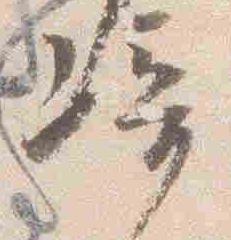
崎